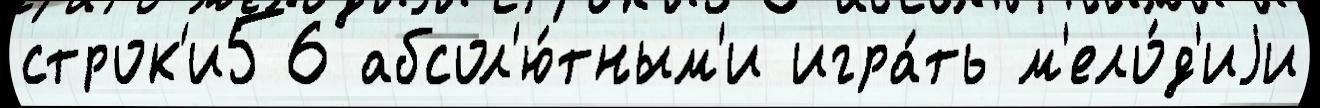
строк'и56 абсол'ю́тным'и игра́ть м'ело́д'иjи